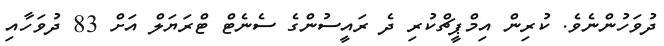
ދުވަހުންނެވެ. ކުރިން އިމްޕީޗްކުރި ދެ ރައީސުންގެ ސެނެޓް ޓްރަޔަލް އަށް 83 ދުވަހާއި